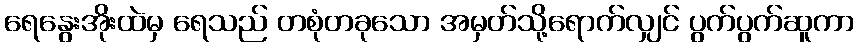
ရေနွေးအိုးထဲမှ ရေသည် တစုံတခုသော အမှတ်သို့ရောက်လျှင် ပွက်ပွက်ဆူကာ